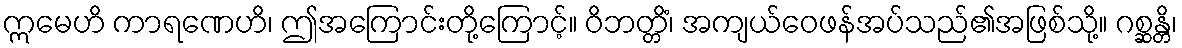
ဣမေဟိ ကာရဏေဟိ၊ ဤအကြောင်းတို့ကြောင့်။ ဝိဘတ္တိံ၊ အကျယ်ဝေဖန်အပ်သည်၏အဖြစ်သို့။ ဂစ္ဆန္တိ၊